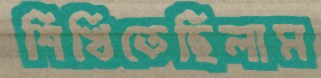
শিখিতেছিলাম